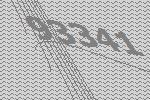
93341